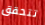
تتحقق